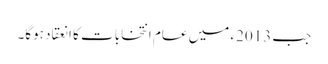
جب 2013ء میں عام انتخابات کا انعقاد ہوگا۔